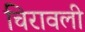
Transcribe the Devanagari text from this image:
चिरावली